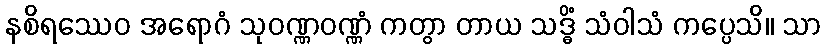
နစိရဿေဝ အရောဂံ သုဝဏ္ဏဝဏ္ဏံ ကတွာ တာယ သဒ္ဓိံ သံဝါသံ ကပ္ပေသိ။ သာ